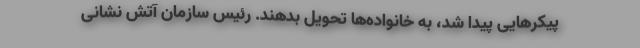
پیکرهایی پیدا شد، به خانواده‌ها تحویل بدهند. رئیس سازمان آتش نشانی